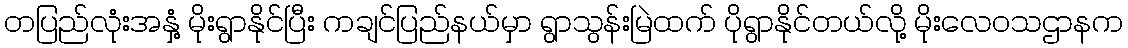
တပြည်လုံးအနှံ့ မိုးရွာနိုင်ပြီး ကချင်ပြည်နယ်မှာ ရွာသွန်းမြဲထက် ပိုရွာနိုင်တယ်လို့ မိုးလေဝသဌာနက